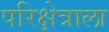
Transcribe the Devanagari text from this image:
परिक्षेत्राला